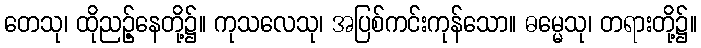
တေသု၊ ထိုညဉ့်နေတို့၌။ ကုသလေသု၊ အပြစ်ကင်းကုန်သော။ ဓမ္မေသု၊ တရားတို့၌။